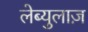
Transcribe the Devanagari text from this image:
लेब्युलाज़